Vaccination in Bombay 1863-1868 - 1863-1868
Year: 1863
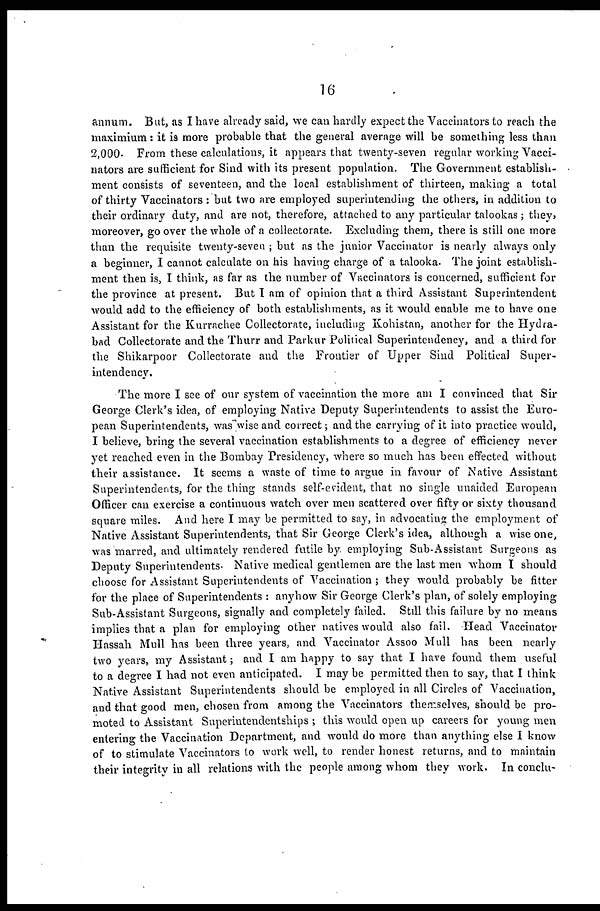
16
annum. But, as I have already said, we can hardly expect the Vaccinators to reach the
maximium: it is more probable that the general average will be something less than
2,000. From these calculations, it appears that twenty-seven regular working Vacci-
nators are sufficient for Sind with its present population. The Government establish-
ment consists of seventeen, and the local establishment of thirteen, making a total
of thirty Vaccinators : but two are employed superintending the others, in addition to
their ordinary duty, and are not, therefore, attached to any particular talookas; they
moreover, go over the whole of a collectorate. Excluding them, there is still one more
than the requisite twenty-seven ; but as the junior Vaccinator is nearly always only
a beginner, I cannot calculate on his having charge of a talooka. The joint establish-
ment then is, I think, as far as the number of Vaccinators is concerned, sufficient for
the province at present. But I am of opinion that a third Assistant Superintendent
would add to the efficiency of both establishments, as it would enable me to have one
Assistant for the Kurrachee Collectorate, including Kohistan, another for the Hydra-
bad Collectorate and the Thurr and Parkur Political Superintendency, and a third for
the Shikarpoor Collectorate and the Frontier of Upper Sind Political Super-
intendency.
The more I see of our system of vaccination the more am I convinced that Sir
George Clerk's idea, of employing Native Deputy Superintendents to assist the Euro-
pean Superintendents, was wise and correct; and the carrying of it into practice would,
I believe, bring the several vaccination establishments to a degree of efficiency never
yet reached even in the Bombay Presidency, where so much has been effected without
their assistance. It seems a waste of time to argue in favour of Native Assistant
Superintendents, for the thing stands self-evident, that no single unaided European
Officer can exercise a continuous watch over men scattered over fifty or sixty thousand
square miles. And here I may be permitted to say, in advocating the employment of
Native Assistant Superintendents, that Sir George Clerk's idea, although a wise one,
was marred, and ultimately rendered futile by employing Sub-Assistant Surgeons as
Deputy Superintendents. Native medical gentlemen are the last men whom I should
choose for Assistant Superintendents of Vaccination ; they would probably be fitter
for the place of Superintendents : anyhow Sir George Clerk's plan, of solely employing
Sub-Assistant Surgeons, signally and completely failed. Still this failure by no means
implies that a plan for employing other natives would also fail. Head Vaccinator
Hassah Mull has been three years, and Vaccinator Assoo Mull has been nearly
two years, my Assistant; and I am happy to say that I have found them useful
to a degree I had not even anticipated. I may be permitted then to say, that I think
Native Assistant Superintendents should be employed in all Circles of Vaccination,
and that good men, chosen from among the Vaccinators themselves, should be pro-
moted to Assistant Superintendentships ; this would open up careers for young men
entering the Vaccination Department, and would do more than anything else I know
of to stimulate Vaccinators to work well, to render honest returns, and to maintain
their integrity in all relations with the people among whom they work. In conclu-